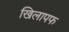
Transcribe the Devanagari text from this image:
खिलापफ